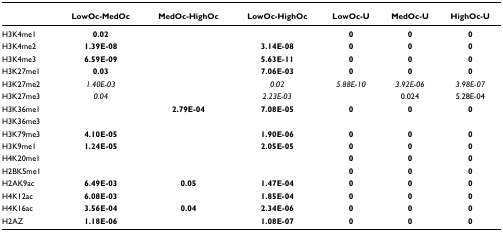
<table><thead><tr><td></td><td><b>LowOc-MedOc</b></td><td><b>MedOc-HighOc</b></td><td><b>LowOc-HighOc</b></td><td><b>LowOc-U</b></td><td><b>MedOc-U</b></td><td><b>HighOc-U</b></td></tr></thead><tbody><tr><td>H3K4me1</td><td><b>0.02</b></td><td></td><td></td><td><b>0</b></td><td><b>0</b></td><td><b>0</b></td></tr><tr><td>H3K4me2</td><td><b>1.39E-08</b></td><td></td><td><b>3.14E-08</b></td><td><b>0</b></td><td><b>0</b></td><td><b>0</b></td></tr><tr><td>H3K4me3</td><td><b>6.59E-09</b></td><td></td><td><b>5.63E-11</b></td><td><b>0</b></td><td><b>0</b></td><td><b>0</b></td></tr><tr><td>H3K27me1</td><td><b>0.03</b></td><td></td><td><b>7.06E-03</b></td><td><b>0</b></td><td><b>0</b></td><td><b>0</b></td></tr><tr><td>H3K27me2</td><td><i>1.40E-03</i></td><td></td><td><i>0.02</i></td><td><i>5.88E-10</i></td><td><i>3.92E-06</i></td><td><i>3.98E-07</i></td></tr><tr><td>H3K27me3</td><td><i>0.04</i></td><td></td><td><i>2.23E-03</i></td><td></td><td>0.024</td><td>5.28E-04</td></tr><tr><td>H3K36me1</td><td></td><td><b>2.79E-04</b></td><td><b>7.08E-05</b></td><td><b>0</b></td><td><b>0</b></td><td><b>0</b></td></tr><tr><td>H3K36me3</td><td></td><td></td><td></td><td></td><td></td><td></td></tr><tr><td>H3K79me3</td><td><b>4.10E-05</b></td><td></td><td><b>1.90E-06</b></td><td><b>0</b></td><td><b>0</b></td><td><b>0</b></td></tr><tr><td>H3K9me1</td><td><b>1.24E-05</b></td><td></td><td><b>2.05E-05</b></td><td><b>0</b></td><td><b>0</b></td><td><b>0</b></td></tr><tr><td>H4K20me1</td><td></td><td></td><td></td><td><b>0</b></td><td><b>0</b></td><td><b>0</b></td></tr><tr><td>H2BK5me1</td><td></td><td></td><td></td><td><b>0</b></td><td><b>0</b></td><td><b>0</b></td></tr><tr><td>H2AK9ac</td><td><b>6.49E-03</b></td><td><b>0.05</b></td><td><b>1.47E-04</b></td><td><b>0</b></td><td><b>0</b></td><td><b>0</b></td></tr><tr><td>H4K12ac</td><td><b>6.08E-03</b></td><td></td><td><b>1.85E-04</b></td><td><b>0</b></td><td><b>0</b></td><td><b>0</b></td></tr><tr><td>H4K16ac</td><td><b>3.56E-04</b></td><td><b>0.04</b></td><td><b>2.34E-06</b></td><td><b>0</b></td><td><b>0</b></td><td><b>0</b></td></tr><tr><td>H2AZ</td><td><b>1.18E-06</b></td><td></td><td><b>1.08E-07</b></td><td><b>0</b></td><td><b>0</b></td><td><b>0</b></td></tr></tbody></table>